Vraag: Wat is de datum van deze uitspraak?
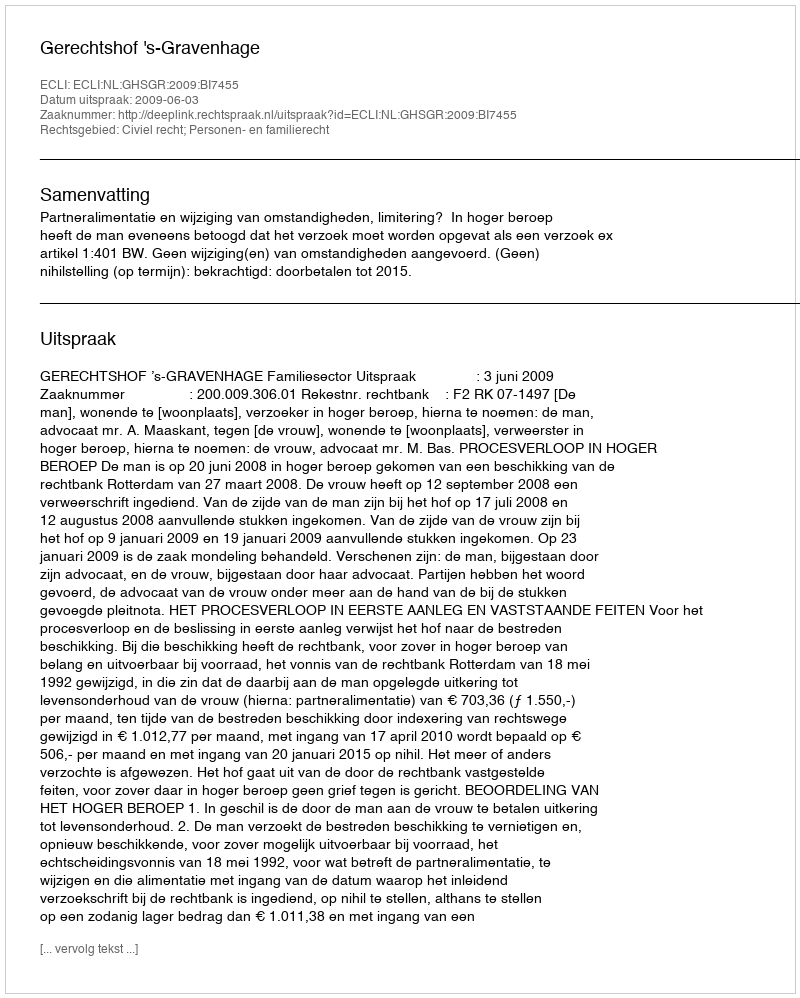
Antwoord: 2009-06-03